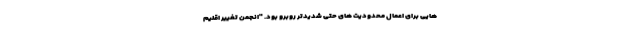
هایی برای اعمال محدودیت های حتی شدیدتر روبرو بود. "انجمن تغییر اقلیم